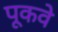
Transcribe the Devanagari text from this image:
पूकवे